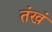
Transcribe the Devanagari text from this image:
तंखं